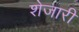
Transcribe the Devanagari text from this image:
शेजारीं